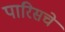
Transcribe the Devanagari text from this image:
पारिसचे